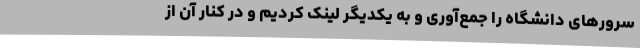
سرورهای دانشگاه را جمع‌آوری و به یکدیگر لینک کردیم و در کنار آن از